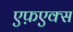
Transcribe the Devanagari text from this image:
एफ़एक्स